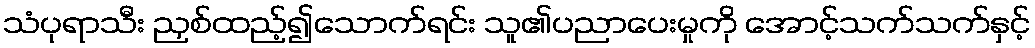
သံပုရာသီး ညှစ်ထည့်၍သောက်ရင်း သူ၏ပညာပေးမှုကို အောင့်သက်သက်နှင့်